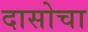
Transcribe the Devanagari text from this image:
दासोचा